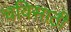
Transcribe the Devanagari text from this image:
चविसाठी